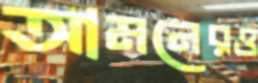
আমনেরও